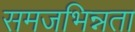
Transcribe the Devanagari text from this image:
समजभिन्नता